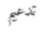
تدعيم